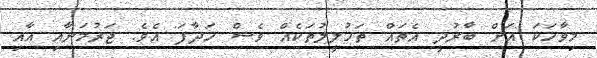
މިވާހަކަ އަށް ބާރުދީ އެތައް ތަހުލީލުތަކެއް ވެސް ހަދާފަ އެވެ. ޖަރުމަނާއި އާއި